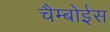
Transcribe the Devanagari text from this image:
चैम्बोईस